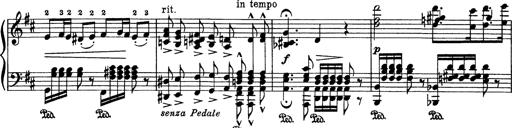
Title: PhantasiestÃ¼ck Ã¼ber Motive aus 'Rienzi'
Composer: Franz Liszt